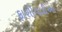
ફાશીવાદીઓ